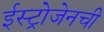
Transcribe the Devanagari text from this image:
ईस्ट्रोजेनची